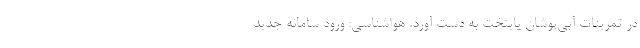
در تمرینات آبی‌پوشان پایتخت به دست آورد. هواشناسی: ورود سامانه جدید